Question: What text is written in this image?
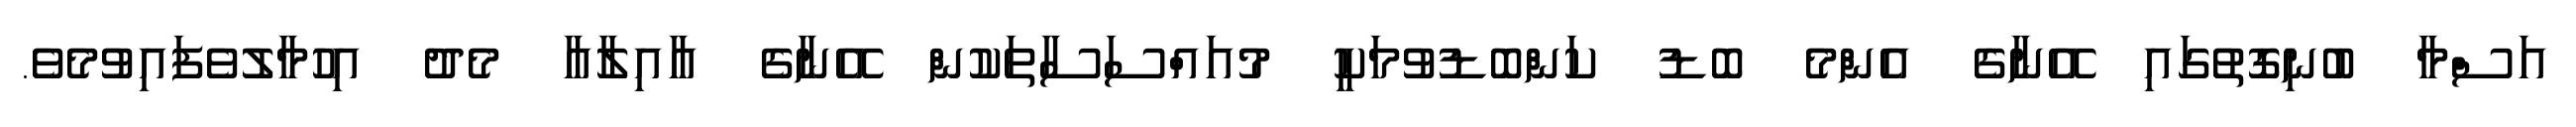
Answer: އަސްމާ ބުނިގޮތުގައި އޭނާގެ އެންމެ ބޮޑު ކަންބޮޑުވުމަކީ މުއައްސަސާތަކުން އޭނާގެ އާއިލާއާ މެދު އިހުމާލުވެފައިވުމެވެ.